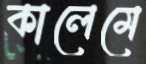
কালেমে